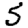
Digit: 5